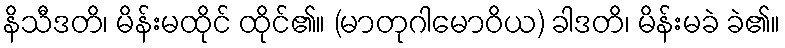
နိသီဒတိ၊ မိန်းမထိုင် ထိုင်၏။ (မာတုဂါမောဝိယ) ခါဒတိ၊ မိန်းမခဲ ခဲ၏။